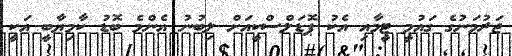
ޖަރުމަނުގެ ގައުމީ ޓީމާއި އެކު ޕޮޑަލްސްކީއަށް ލިބުނު އެންމެ ބޮޑު ކާމިޔާބީ އަކީ